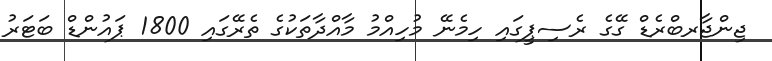
ޖިންޖާރބްރެޑް ގޭގެ ރެސިޕީގައި ހިމެނޭ މުހިއްމު މާއްދާތަކުގެ ތެރޭގައި 1800 ޕައުންޑް ބަޓަރު